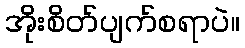
အိုးစိတ်ပျက်စရာပဲ။